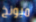
ميونخ